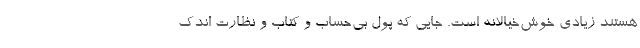
هستند زیادی خوش‌خیالانه است. جایی که پول بی‌حساب و کتاب و نظارت اندک